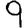
Digit: 9